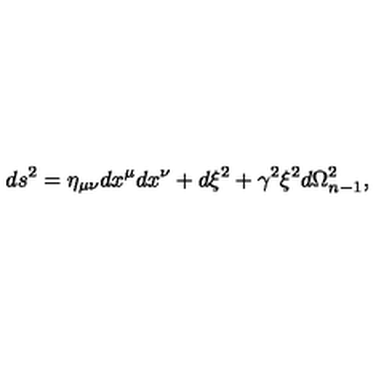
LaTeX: d s ^ { 2 } = \eta _ { \mu \nu } d x ^ { \mu } d x ^ { \nu } + d \xi ^ { 2 } + \gamma ^ { 2 } \xi ^ { 2 } d \Omega _ { n - 1 } ^ { 2 } ,